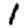
Digit: 1